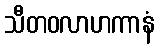
သီတဝလာဟကာနံ